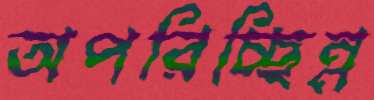
অপরিচ্ছিন্ন